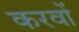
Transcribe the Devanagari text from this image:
करवों